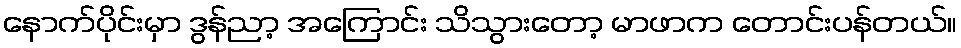
နောက်ပိုင်းမှာ ဒွန်ညာ့ အကြောင်း သိသွားတော့ မာဖာက တောင်းပန်တယ်။